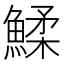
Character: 鰇